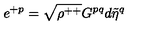
e ^ { + p } = \sqrt { \rho ^ { + + } } G ^ { p q } d { \tilde { \eta } } ^ { q }